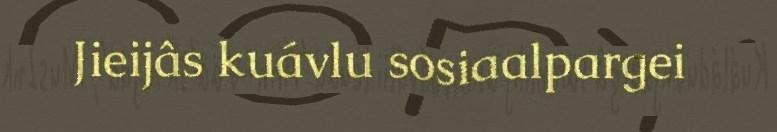
Jieijâs kuávlu sosiaalpargei